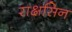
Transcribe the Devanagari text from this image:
राक्षसिन